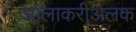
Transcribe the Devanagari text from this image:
आलाकरीअलक